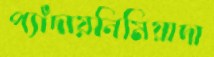
প্যাঁদায়নিমিয়াদা